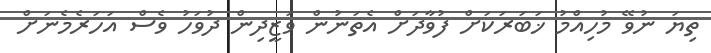
ތިޔަ ނުވޭ މުހިއްމު ޚަބަރަކަށް ފުވާދަށް އެތަނުން ވަޒީދިން ދުވަހު ވެސް އަހަރެމެނަށް